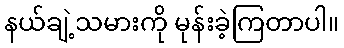
နယ်ချဲ့သမားကို မုန်းခဲ့ကြတာပါ။